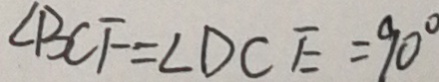
\angle B C F = \angle D C E = 9 0 ^ { \circ }